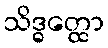
သိဒ္ဓတ္ထော